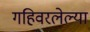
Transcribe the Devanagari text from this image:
गहिवरलेल्या